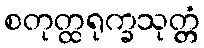
စတုတ္ထရုက္ခသုတ္တံ